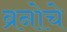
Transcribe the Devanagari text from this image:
ब्रनोचे